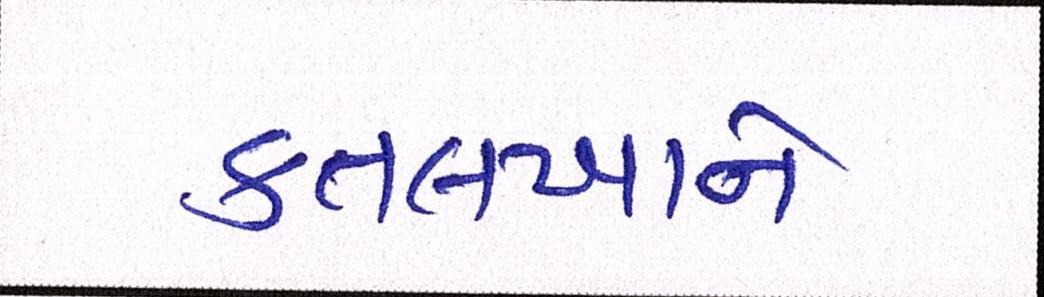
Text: કતલખાને